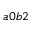
a 0 b 2